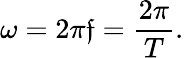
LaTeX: \omega=2\pi\mathfrak{f}={\frac{{2\pi}}{{T}}}.